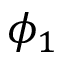
\phi _ { 1 }